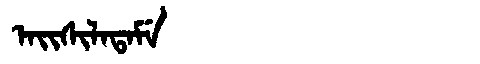
Manchu: ᠠᡳᠰᡳᠯᠠᡨᠠᠮᡝ
Romanization: AISILATAME